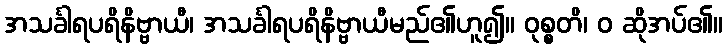
အသင်္ခါရပရိနိဗ္ဗာယီ၊ အသင်္ခါရပရိနိဗ္ဗာယီမည်၏ဟူ၍။ ဝုစ္စတိ၊ ဝ ဆိုအပ်၏။